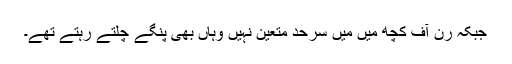
جبکہ رن آف کچھ میں میں سرحد متعین نہیں وہاں بھی پنگے چلتے رہتے تھے۔